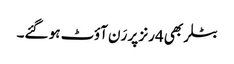
بٹلر بھی 4رنز پر رَن آؤٹ ہو گئے۔